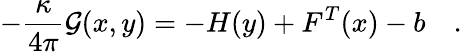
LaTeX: -{\frac{\kappa}{4\pi}}{\cal G}(x,y)=-H(y)+F^{T}(x)-b\quad.